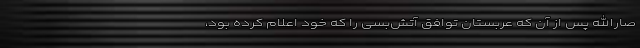
صارالله پس از آن که عربستان توافق آتش‌بسی را که خود اعلام کرده بود،